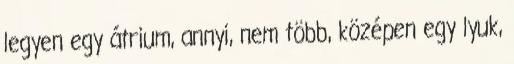
legyen egy átrium, annyi, nem több, középen egy lyuk,